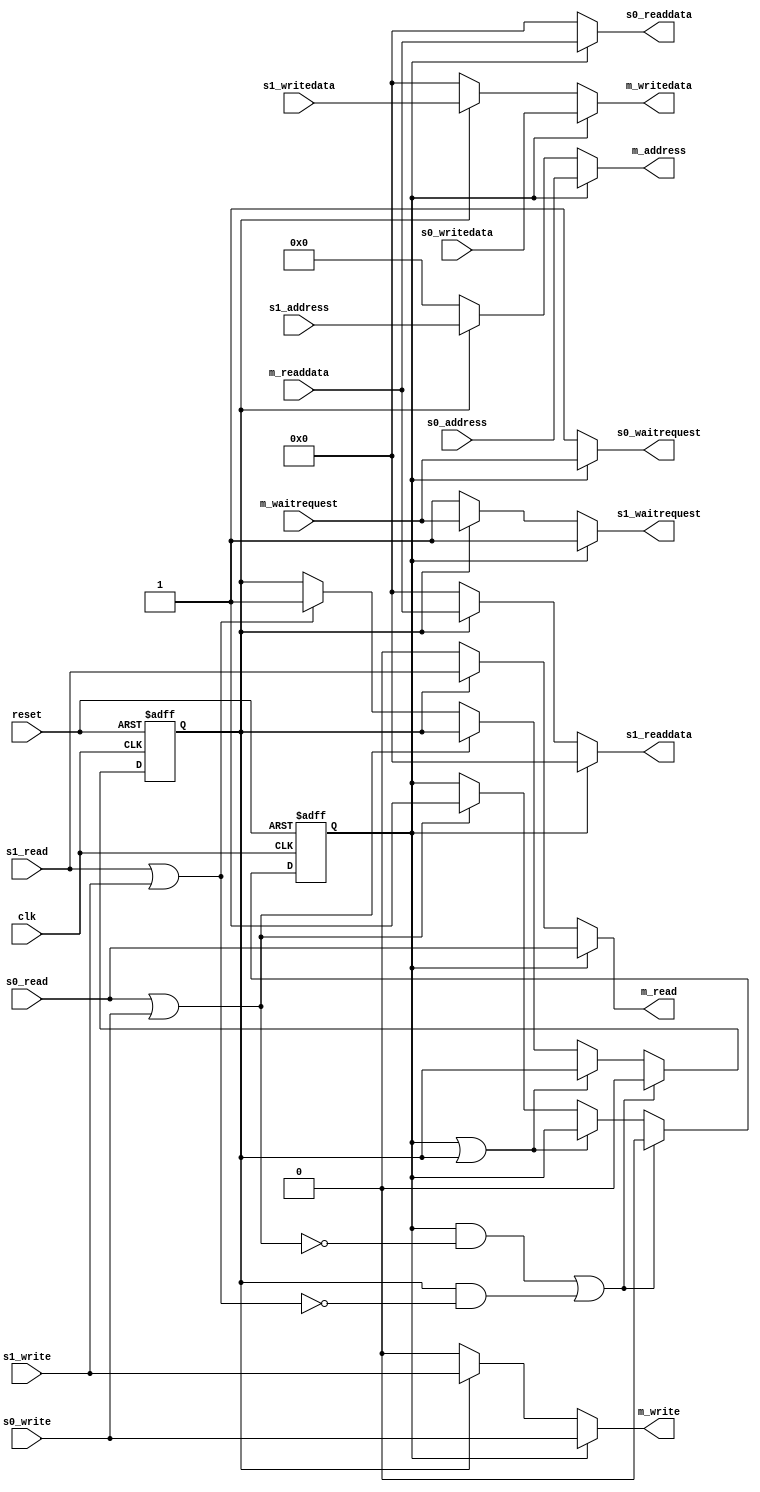
module arbiter_5(
	input wire clk,
	input wire reset,
	input wire [17:0] s0_address,
	input wire s0_write,
	input wire s0_read,
	input wire [35:0] s0_writedata,
	output reg [35:0] s0_readdata,
	output reg s0_waitrequest,
	input wire [17:0] s1_address,
	input wire s1_write,
	input wire s1_read,
	input wire [35:0] s1_writedata,
	output reg [35:0] s1_readdata,
	output reg s1_waitrequest,
	output reg [17:0] m_address,
	output reg m_write,
	output reg m_read,
	output reg [35:0] m_writedata,
	input wire [35:0] m_readdata,
	input wire m_waitrequest
);
	wire cyc0 = s0_read | s0_write;
	wire cyc1 = s1_read | s1_write;
	reg sel0, sel1;
	wire connected = sel0 | sel1;
	always @(posedge clk or negedge reset) begin
		if(~reset) begin
			sel0 <= 0;
			sel1 <= 0;
		end else begin
			if(sel0 & ~cyc0 | sel1 & ~cyc1) begin
				sel0 <= 0;
				sel1 <= 0;
			end else if(~connected) begin
				if(cyc0)
					sel0 <= 1;
				else if(cyc1)
					sel1 <= 1;
			end
		end
	end
	always @(*) begin
		if(sel0) begin
			m_address <= s0_address;
			m_write <= s0_write;
			m_read <= s0_read;
			m_writedata <= s0_writedata;
			s0_readdata <= m_readdata;
			s0_waitrequest <= m_waitrequest;
			s1_readdata <= 0;
			s1_waitrequest <= 1;
		end else if(sel1) begin
			m_address <= s1_address;
			m_write <= s1_write;
			m_read <= s1_read;
			m_writedata <= s1_writedata;
			s1_readdata <= m_readdata;
			s1_waitrequest <= m_waitrequest;
			s0_readdata <= 0;
			s0_waitrequest <= 1;
		end else begin
			m_address <= 0;
			m_write <= 0;
			m_read <= 0;
			m_writedata <= 0;
			s0_readdata <= 0;
			s0_waitrequest <= 1;
			s1_readdata <= 0;
			s1_waitrequest <= 1;
		end
	end
endmodule